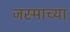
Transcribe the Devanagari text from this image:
जस्माच्या